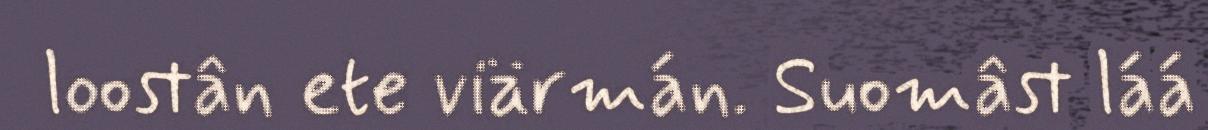
loostân ete viärmán. Suomâst láá